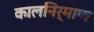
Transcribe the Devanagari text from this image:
कालनिर्माण